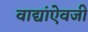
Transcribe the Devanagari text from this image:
वाद्यांऐवजी